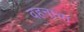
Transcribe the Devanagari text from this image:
वहनाचा